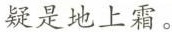
疑是地上霜。